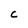
Character: C